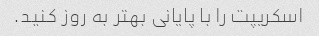
اسکریپت را با پایانی بهتر به روز کنید.